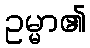
ဥမ္မာ၏